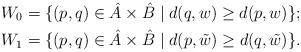
LaTeX: \begin{align*}&W_0 =\{ (p,q) \in \hat A\times \hat B \mid d(q, w) \geq d(p,w) \};\\&W_1 =\{ (p,q) \in \hat A\times \hat B \mid d(p, \tilde{w}) \geq d(q,\tilde{w}) \}.\end{align*}